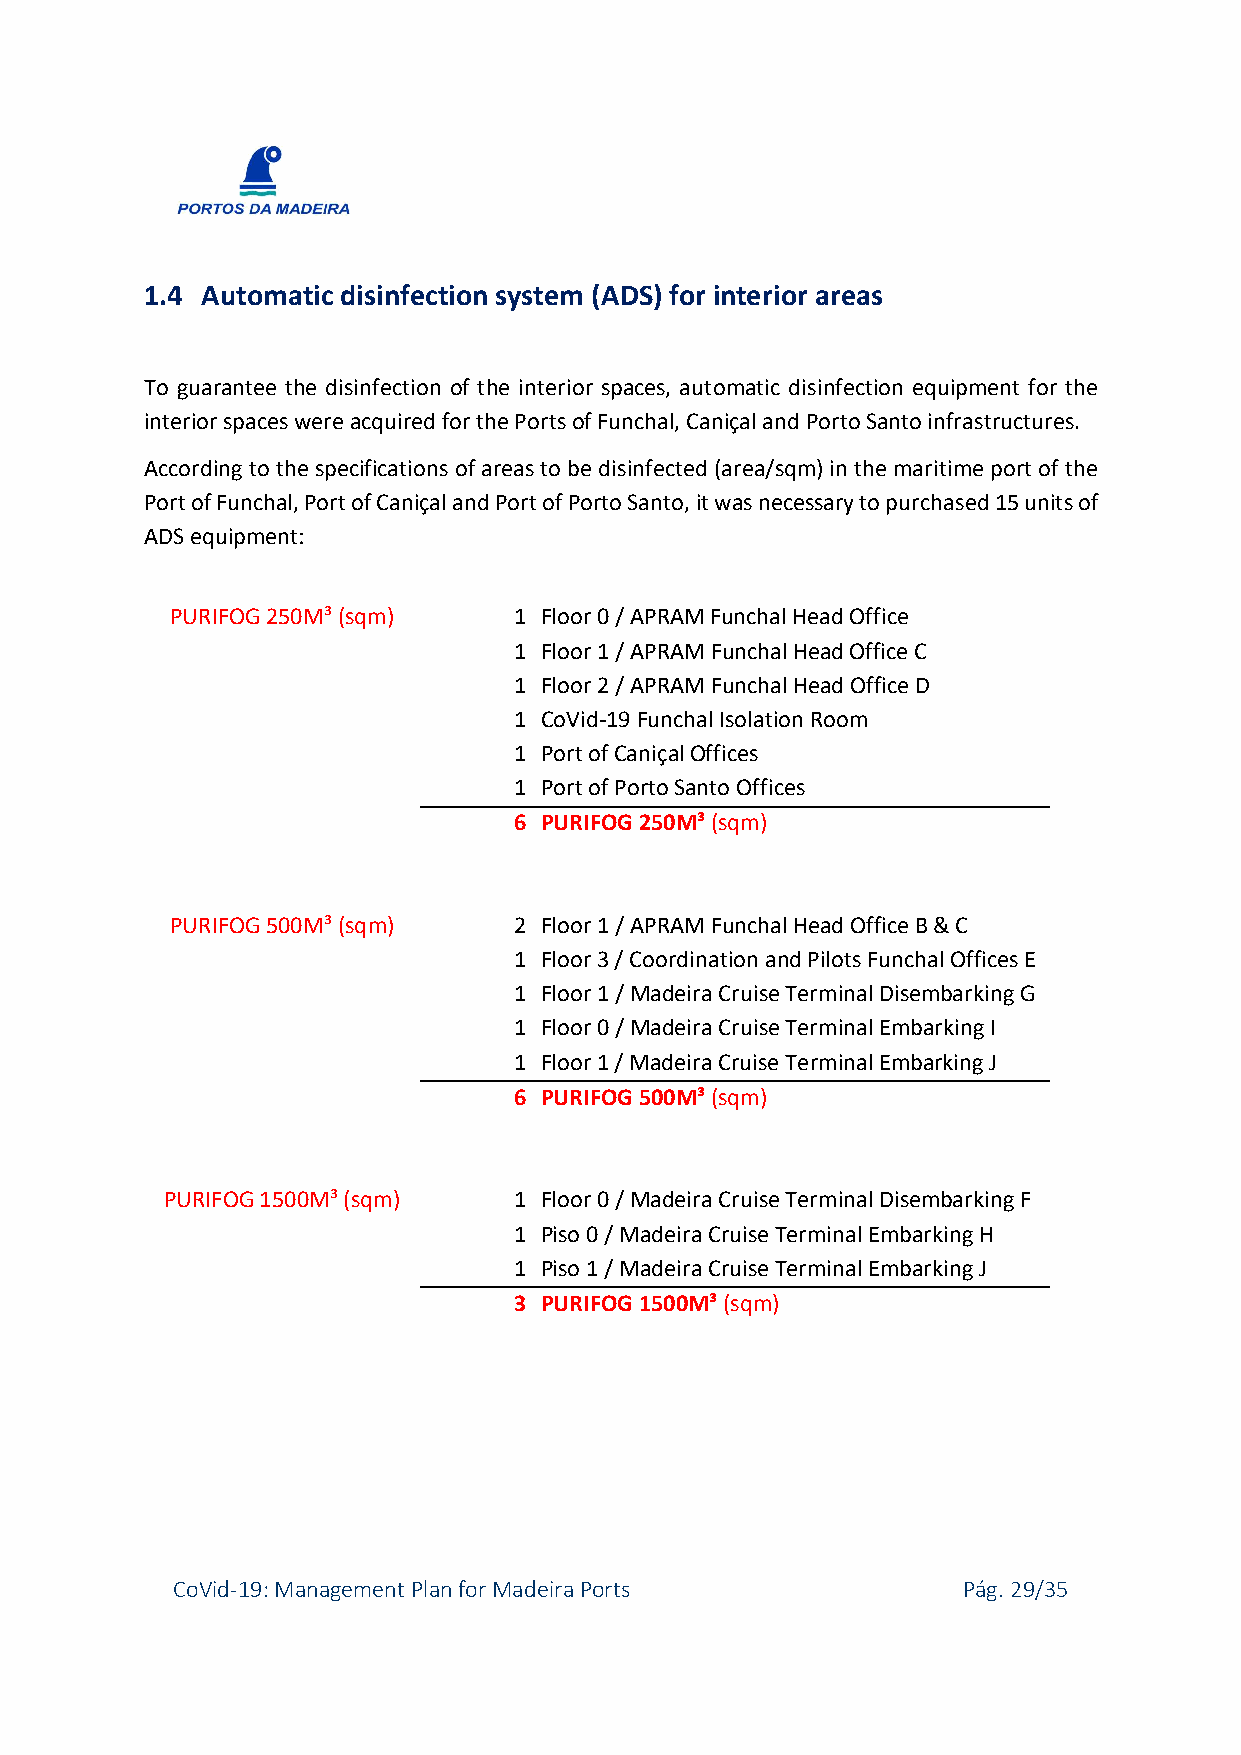
1.4 Automatic disinfection system (ADS) for interior areas
 To guarantee the disinfection of the interior spaces, automatic disinfection equipment for the
 interior spaces were acquired for the Ports of Funchal, Caniçal and Porto Santo infrastructures.
 According to the specifications of areas to be disinfected (area/sqm) in the maritime port of the
 Port of Funchal, Port of Caniçal and Port of Porto Santo, it was necessary to purchased 15 units of
 ADS equipment:
 PURIFOG 250M³ (sqm)    1 Floor 0 / APRAM Funchal Head Office
 1 Floor 1 / APRAM Funchal Head Office C
 1 Floor 2 / APRAM Funchal Head Office D
 1 CoVid-19 Funchal Isolation Room
 1 Port of Caniçal Offices
 1 Port of Porto Santo Offices
 6 PURIFOG 250M³ (sqm)
 PURIFOG 500M³ (sqm)    2 Floor 1 / APRAM Funchal Head Office B & C
 1 Floor 3 / Coordination and Pilots Funchal Offices E
 1 Floor 1 / Madeira Cruise Terminal Disembarking G
 1 Floor 0 / Madeira Cruise Terminal Embarking I
 1 Floor 1 / Madeira Cruise Terminal Embarking J
 6 PURIFOG 500M³ (sqm)
 PURIFOG 1500M³ (sqm)   1 Floor 0 / Madeira Cruise Terminal Disembarking F
 1 Piso 0 / Madeira Cruise Terminal Embarking H
 1 Piso 1 / Madeira Cruise Terminal Embarking J
 3 PURIFOG 1500M³ (sqm)
 CoVid-19: Management Plan for Madeira Ports          Pág. 29/35